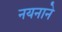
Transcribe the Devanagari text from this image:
नयनाने